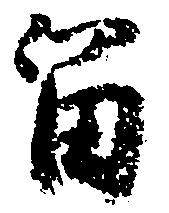
留